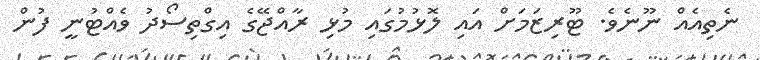
ނެތިއެއް ނޫނެވެ. ޓޫރިޒަމަށް އައި ލޮޅުމުގައި މުޅި ރާއްޖޭގެ އިގްތިސޯދު ވެއްޓުނީ ފުން